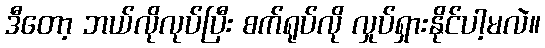
ဒီတော့ ဘယ်လိုလုပ်ပြီး စက်ရုပ်လို လှုပ်ရှားနိုင်ပါ့မလဲ။